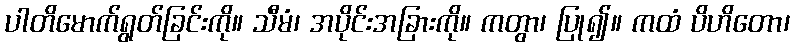
ပါတိမောက်ရွတ်ခြင်းကို။ သီမံ၊ အပိုင်းအခြားကို။ ကတွာ၊ ပြု၍။ ကထံ ပိဟိတော၊